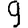
Digit: 9